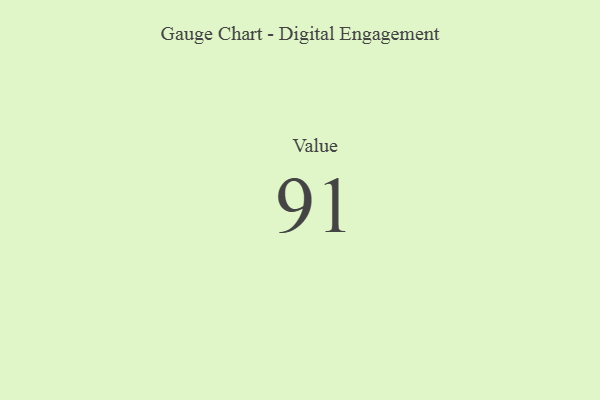
{"axis": {"x": "Metric", "y": "Value"}, "legend": [""], "data": [{"x": "Value", "y": 91, "type": ""}]}